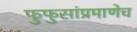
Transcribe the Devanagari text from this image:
फुफुसांप्रमाणेच